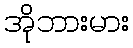
အိုဘားမား